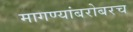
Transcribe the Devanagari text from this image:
मागण्यांबरोबरच